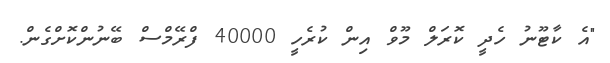
"އެ ކާޓޫނު ހެދީ ކޮރަލް މޫވް އިން ކުރެހީ 40000 ފްރޭމްސް ބޭނުންކޮށްގެން.